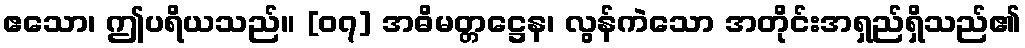
ဧသော၊ ဤပရိယသည်။ [၀၇] အဓိမတ္တဋ္ဌေန၊ လွန်ကဲသော အတိုင်းအရှည်ရှိသည်၏